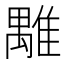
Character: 𩀍